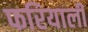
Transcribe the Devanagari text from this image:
फरियाली